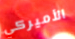
الأميركي